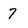
Character: 7